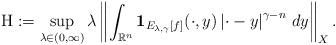
LaTeX: \begin{align*}\mathrm{H}:=\sup_{\lambda\in(0,\infty)}\lambda\left\|\int_{\mathbb{R}^n}\mathbf{1}_{E_{\lambda,\gamma}[f]}(\cdot,y)\left|\cdot-y\right|^{\gamma-n}\,dy\right\|_{X}.\end{align*}